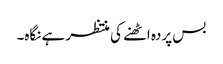
بس پردہ اٹھنے کی منتظر ہے نگاہ۔